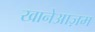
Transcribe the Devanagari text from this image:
खानेआज़म